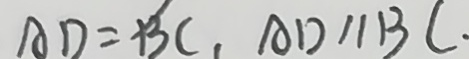
A D = B C , A D / / B C .